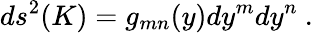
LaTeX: ds^{2}(K)=g_{mn}(y)dy^{m}dy^{n}~.